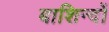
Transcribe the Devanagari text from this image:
बाशिन्दों